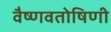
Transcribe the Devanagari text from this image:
वैष्णवतोषिणी